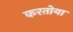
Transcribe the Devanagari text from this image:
करतोया